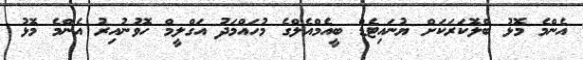
އެންމެ މޮޅު ބްލޮކަރަކަށް ޔުނައިޓެޑް ބީއެމްއެލްގެ މުހައްމަދު އަގްލީމް ހޮވުނުއިރު އެންމެ މޮޅު